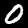
Digit: 0